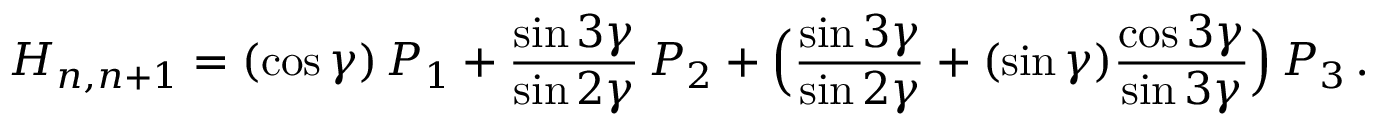
H _ { n , n + 1 } = ( \cos \gamma ) \, { \cal P } _ { 1 } + \frac { \sin 3 \gamma } { \sin 2 \gamma } \, { \cal P } _ { 2 } + \Bigl ( \frac { \sin 3 \gamma } { \sin 2 \gamma } + ( \sin \gamma ) \frac { \cos 3 \gamma } { \sin 3 \gamma } \Bigr ) \, { \cal P } _ { 3 } \, .